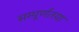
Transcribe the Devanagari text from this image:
सम्पूर्णतया